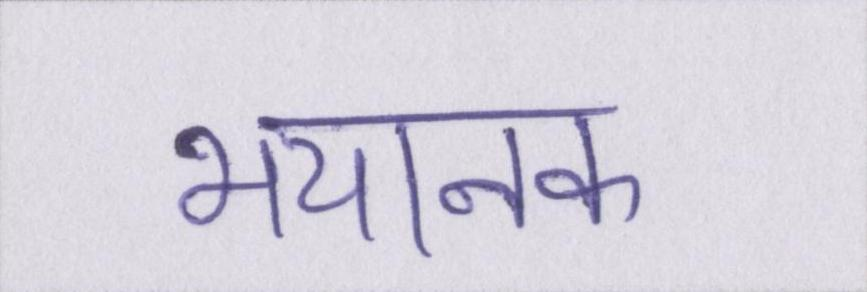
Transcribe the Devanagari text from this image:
भयानक